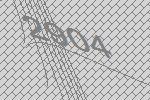
2904